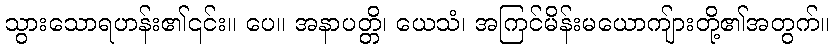
သွားသောရဟန်း၏၎င်း။ ပေ။ အနာပတ္တိ၊ ယေသံ၊ အကြင်မိန်းမယောကျ်ားတို့၏အတွက်။